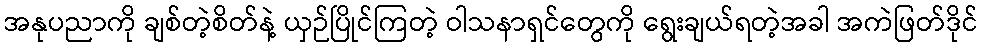
အနုပညာကို ချစ်တဲ့စိတ်နဲ့ ယှဉ်ပြိုင်ကြတဲ့ ဝါသနာရှင်တွေကို ရွေးချယ်ရတဲ့အခါ အကဲဖြတ်ဒိုင်